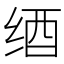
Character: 𦈋